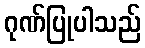
ဂုဏ်ပြုပါသည်